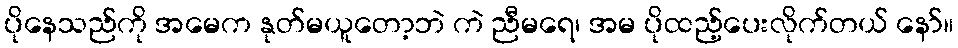
ပိုနေသည်ကို အမေက နုတ်မယူတော့ဘဲ ကဲ ညီမရေ၊ အမ ပိုထည့်ပေးလိုက်တယ် နော်။